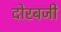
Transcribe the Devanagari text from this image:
दोरबजी